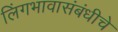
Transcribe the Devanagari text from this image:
लिंगभावासंबंधीचे